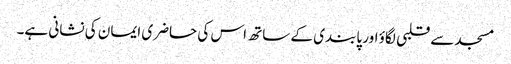
مسجد سے قلبی لگاؤ اور پابندی کے ساتھ اس کی حاضری ایمان کی نشانی ہے۔